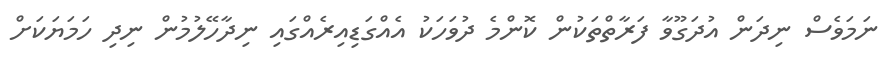
ނަމަވެސް ނިދަން އުދަގޫވާ ފަރާތްތަކުން ކޮންމެ ދުވަހަކު އެއްގަޑިއިރެއްގައި ނިދާހޭލުމުން ނިދި ހަމަޔަކަށް